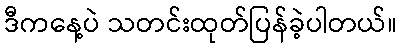
ဒီကနေ့ပဲ သတင်းထုတ်ပြန်ခဲ့ပါတယ်။